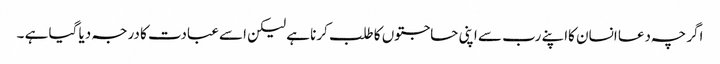
اگر چہ دعا انسان کااپنے رب سے اپنی حاجتوں کا طلب کرنا ہے لیکن اسے عبادت کا درجہ دیا گیا ہے ۔